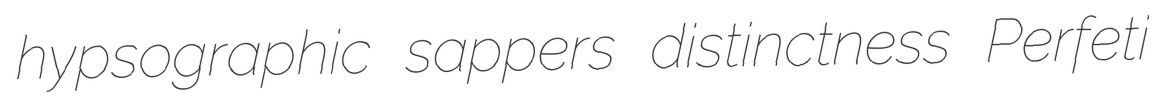
hypsographic sappers distinctness Perfeti